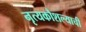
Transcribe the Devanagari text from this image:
नृत्यकौशल्याची